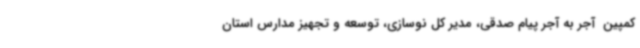
کمپین  آجر به آجر پیام صدقی، مدیر کل نوسازی، توسعه و تجهیز مدارس استان